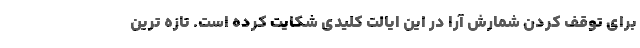
برای توقف کردن شمارش آرا در این ایالت کلیدی شکایت کرده است. تازه ترین